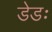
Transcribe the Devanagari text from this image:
डेडः